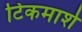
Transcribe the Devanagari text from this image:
टिकमार्श